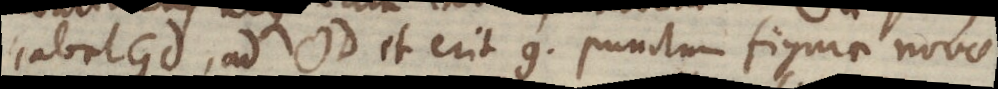
habet Gd, ad OD et erit g. punctum figura novae